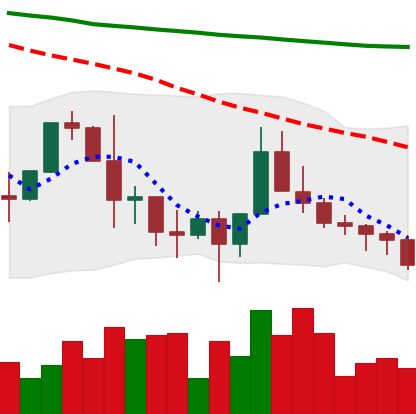
Ticker: XLM-USD
Chart end date: 2022-01-19
Forward return: -19.821%
Label: down_7plus